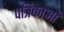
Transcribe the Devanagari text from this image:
पत्रिकाआें